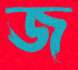
জ